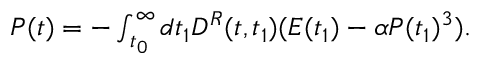
\begin{array} { r } { { \cal P } ( t ) = - \int _ { t _ { 0 } } ^ { \infty } d t _ { 1 } { D } ^ { R } ( t , t _ { 1 } ) ( E ( t _ { 1 } ) - \alpha { \cal P } ( t _ { 1 } ) ^ { 3 } ) . } \end{array}